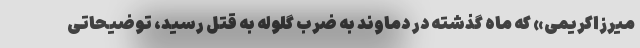
میرزاکریمی» که ماه گذشته در دماوند به ضرب گلوله به قتل رسید، توضیحاتی